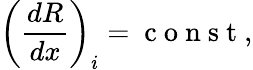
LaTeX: \left(\frac{dR}{dx}\right)_{i}=\mathrm{~c~o~n~s~t~},